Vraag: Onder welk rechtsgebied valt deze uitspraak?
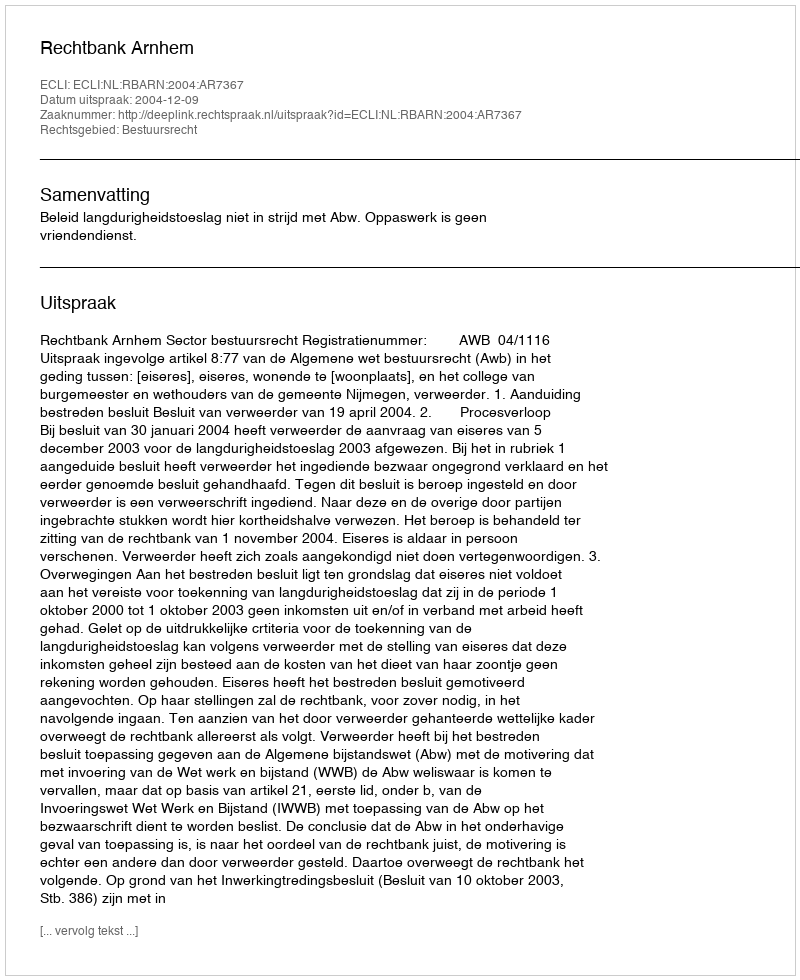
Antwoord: Bestuursrecht